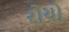
રોયો